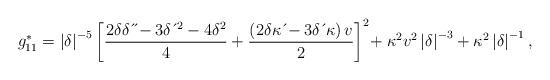
\begin{align*}g_{11}^{\ast}=\left \vert \delta \right \vert ^{-5}\left[ \frac{2\delta \delta \,\acute{}\,\acute{}-3\delta \,\acute{}\,^{2}-4\delta^{2}}{4}+\frac{\left( 2\delta \kappa \,\acute{}-3\delta \,\acute{}\, \kappa \right) v}{2}\right] ^{2}\!+\kappa^{2}v^{2}\left \vert\delta \right \vert ^{-3}+\kappa^{2}\left \vert \delta \right \vert ^{-1},\end{align*}